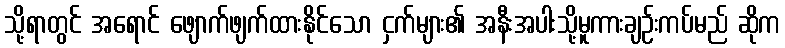
သို့ရာတွင် အရောင် ဖျောက်ဖျက်ထားနိုင်သော ငှက်များ၏ အနီးအပါးသို့မူကားချဉ်းကပ်မည် ဆိုက